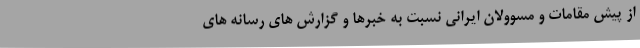
از پیش مقامات و مسوولان ایرانی نسبت به خبرها و گزارش های رسانه های